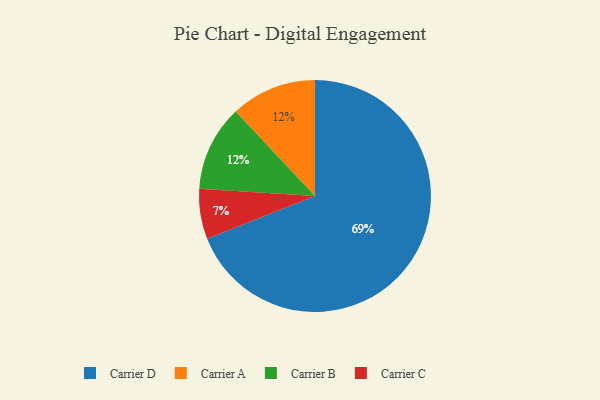
{"axis": {"x": "Category", "y": "Percentage"}, "legend": ["Carrier A", "Carrier B", "Carrier C", "Carrier D"], "data": [{"x": "Carrier C", "y": 7, "type": "Carrier C"}, {"x": "Carrier A", "y": 12, "type": "Carrier A"}, {"x": "Carrier D", "y": 69, "type": "Carrier D"}, {"x": "Carrier B", "y": 12, "type": "Carrier B"}]}